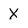
Character: X